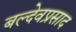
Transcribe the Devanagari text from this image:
बल्देवप्रसाद